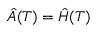
\hat { A } ( T ) = \hat { H } ( T )